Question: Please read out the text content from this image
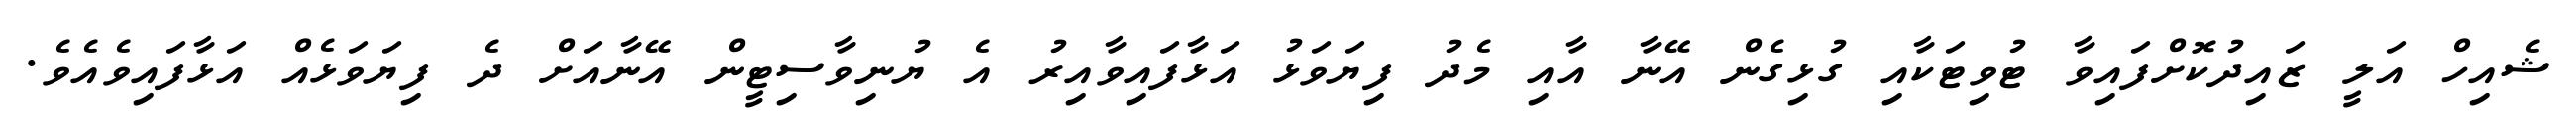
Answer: ޝެއިހް އަލީ ޒައިދުކޮށްފައިވާ ޓުވިޓަކާއި ގުޅިގެން އޭނާ އާއި މެދު ފިޔަވަޅު އަޅާފައިވާއިރު އެ ޔުނިވާސިޓީން އޭނާއަށް ދެ ފިޔަވަޅެއް އަޅާފައިވެއެވެ.